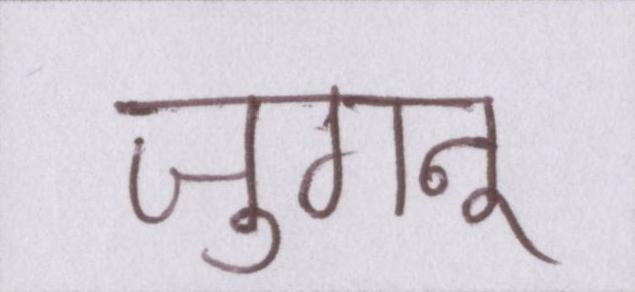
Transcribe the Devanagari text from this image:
जुगनू